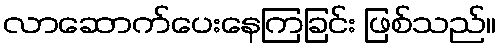
လာဆောက်ပေးနေကြခြင်း ဖြစ်သည်။